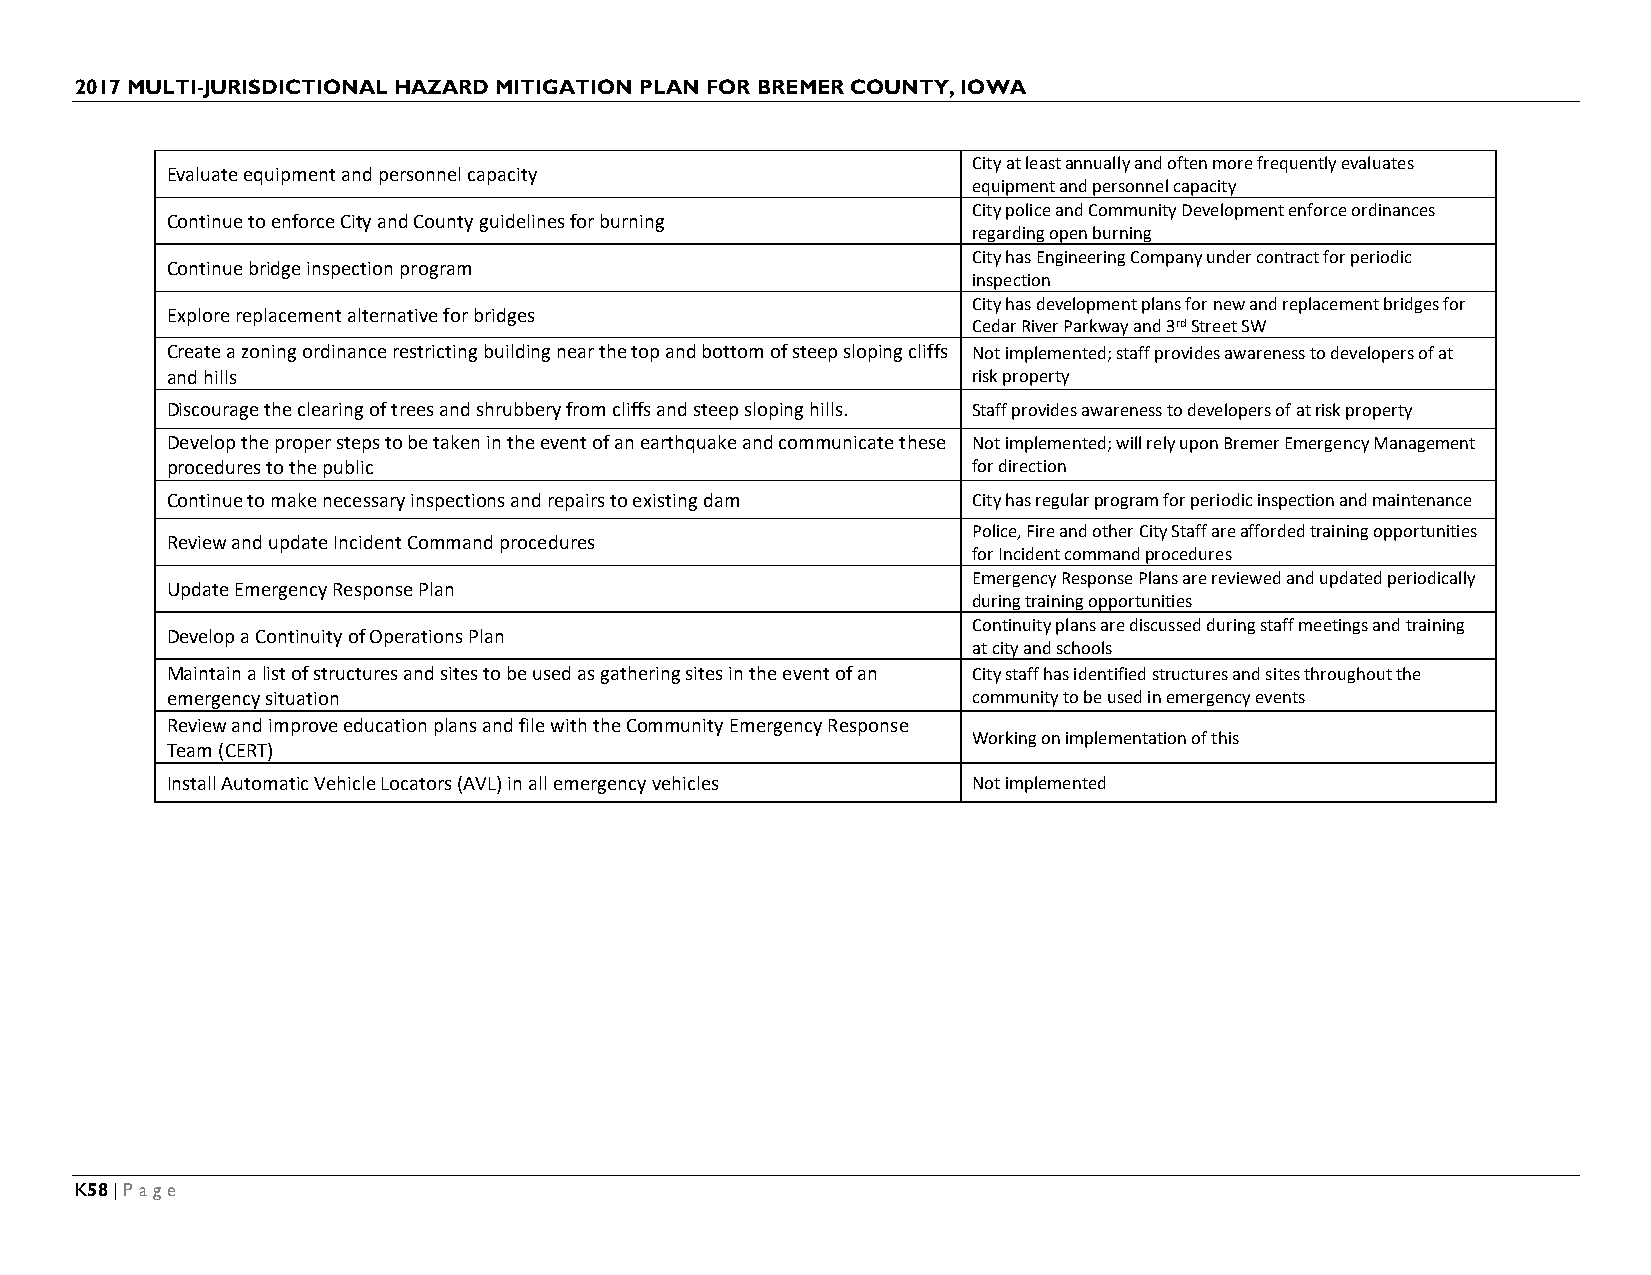
2017 MULTI-JURISDICTIONAL HAZARD MITIGATION PLAN FOR BREMER COUNTY, IOWA
 City at least annually and often more frequently evaluates
 Evaluate equipment and personnel capacity
 equipment and personnel capacity
 City police and Community Development enforce ordinances
 Continue to enforce City and County guidelines for burning
 regarding open burning
 City has Engineering Company under contract for periodic
 Continue bridge inspection program
 inspection
 City has development plans for new and replacement bridges for
 Explore replacement alternative for bridges
 Cedar River Parkway and 3rd Street SW
 Create a zoning ordinance restricting building near the top and bottom of steep sloping cliffs Not implemented; staff provides awareness to developers of at
 and hills                                            risk property
 Discourage the clearing of trees and shrubbery from cliffs and steep sloping hills. Staff provides awareness to developers of at risk property
 Develop the proper steps to be taken in the event of an earthquake and communicate these Not implemented; will rely upon Bremer Emergency Management
 procedures to the public                             for direction
 Continue to make necessary inspections and repairs to existing dam City has regular program for periodic inspection and maintenance
 Police, Fire and other City Staff are afforded training opportunities
 Review and update Incident Command procedures
 for Incident command procedures
 Emergency Response Plans are reviewed and updated periodically
 Update Emergency Response Plan
 during training opportunities
 Continuity plans are discussed during staff meetings and training
 Develop a Continuity of Operations Plan
 at city and schools
 Maintain a list of structures and sites to be used as gathering sites in the event of an City staff has identified structures and sites throughout the
 emergency situation                                  community to be used in emergency events
 Review and improve education plans and file with the Community Emergency Response
 Working on implementation of this
 Team (CERT)
 Install Automatic Vehicle Locators (AVL) in all emergency vehicles Not implemented
 K58 | Page